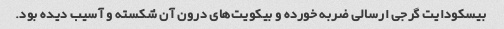
بیسکودایت گرجی ارسالی ضربه خورده و بیکویت‌های درون آن شکسته و آسیب دیده بود.